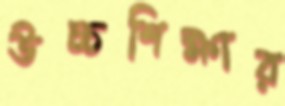
উচ্চশিক্ষার